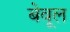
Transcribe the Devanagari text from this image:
बेवूल